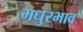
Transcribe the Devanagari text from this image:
मधुरभाव